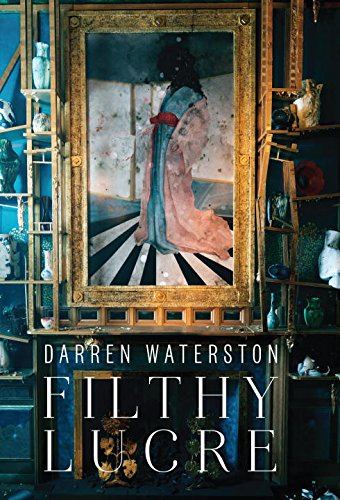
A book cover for Darren Waterston: Filthy Lucre; Susan Cross; Arts & Photography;